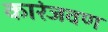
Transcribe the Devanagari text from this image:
कारंजवण